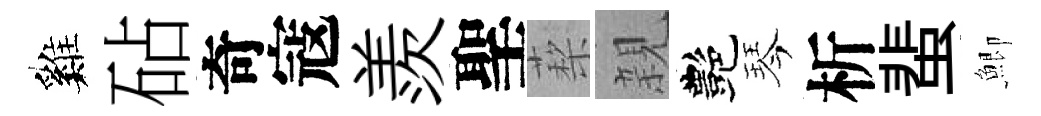
巍砧奇寇羨聖蔾親艷琴析蜚鯽